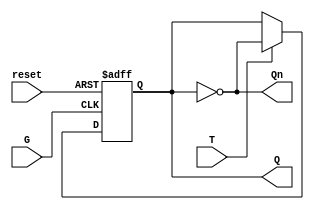
module gated_t_latch (
    input wire T,     // Toggle input
    input wire G,     // Gate signal
    input wire reset, // Asynchronous reset
    output reg Q,     // Output
    output wire Qn    // Complement output
);

    assign Qn = ~Q; // Complement output

    // Sequential logic for gated T latch
    always @ (posedge reset or posedge G) begin
        if (reset) begin
            Q <= 1'b0;  // Initialize the latch to 0 on reset
        end else if (G) begin
            if (T) begin
                Q <= ~Q; // Toggle the output if T is high
            end
            // If T is low, do nothing (maintain the current state)
        end
    end

endmodule